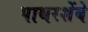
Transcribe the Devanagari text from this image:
पाथरशेंबे